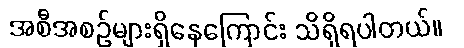
အစီအစဉ်များရှိနေကြောင်း သိရှိရပါတယ်။